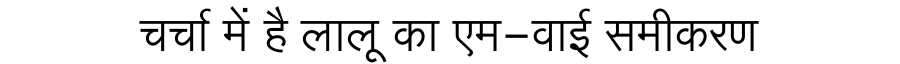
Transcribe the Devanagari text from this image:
चर्चा में है लालू का एम-वाई समीकरण